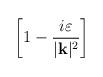
LaTeX: \begin{align*}\left[ 1-\frac{i\varepsilon }{|\mathbf{k}|^{2}}\right]\end{align*}